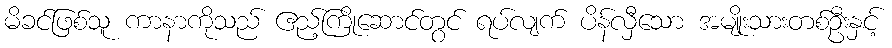
မိခင်ဖြစ်သူ ကာနာကိုသည် ဧည့်ကြိုဆောင်တွင် ရပ်လျက် ပိန်လှီသော အမျိုးသားတစ်ဦးနှင့်